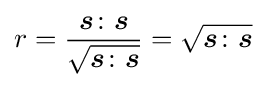
r={\frac {{\boldsymbol {s}}\colon {\boldsymbol {s}}}{\sqrt {{\boldsymbol {s}}\colon {\boldsymbol {s}}}}}={\sqrt {{\boldsymbol {s}}\colon {\boldsymbol {s}}}}